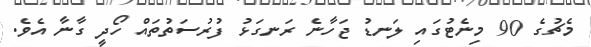
މެޗުގެ 90 މިނެޓުގައި ލަނޑު ޖަހާނެ ރަނގަޅު ފުރުސަތުތައް ހޯދީ ގާނާ އެވެ.